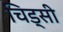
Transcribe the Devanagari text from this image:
चिड्सी